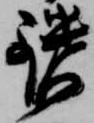
鑓